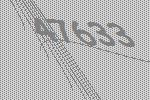
47633